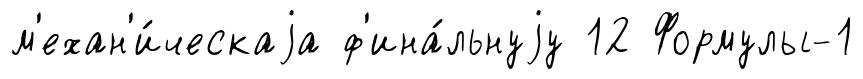
м'ехан'и́ческаjа ф'ина́льнуjу 12 Формулы-1